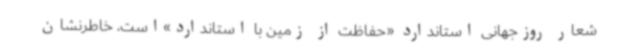
شعار روزجهانی استاندارد «حفاظت از زمین با استاندارد»است، خاطرنشان